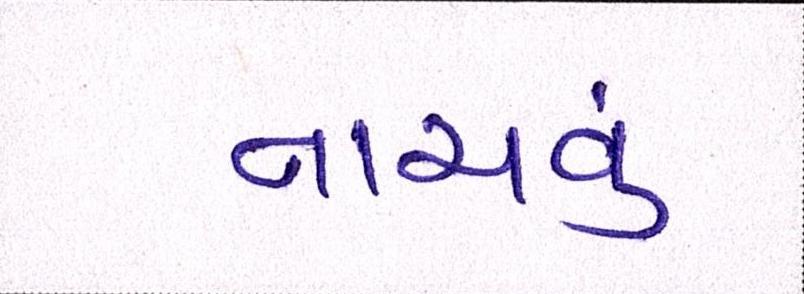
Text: નાચવું